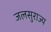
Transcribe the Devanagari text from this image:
जलसुराज्य